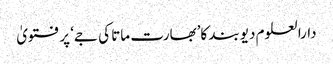
دارالعلوم دیوبند کا’بھارت ماتا کی جے‘ پر فتویٰ